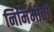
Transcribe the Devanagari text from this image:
निर्मिमीती